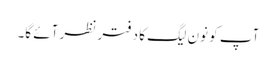
آپ کو نون لیگ کا دفتر نظر آئے گا۔